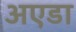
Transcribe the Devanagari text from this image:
अएडा